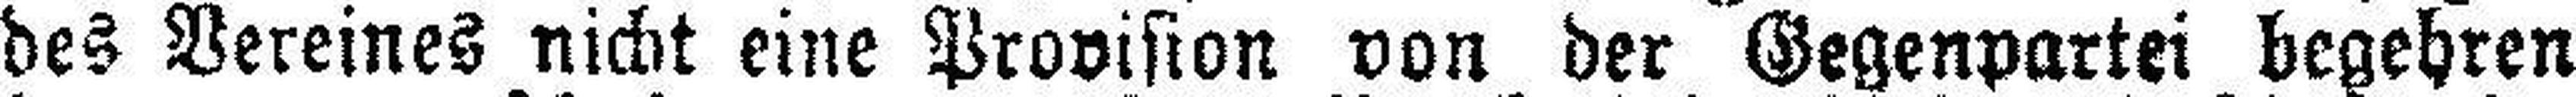
des Vereines nickt eine Provision von der Gegenpartei begehren